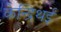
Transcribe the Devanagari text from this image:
केन्द्रिथई